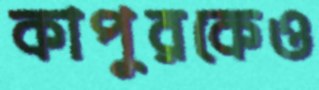
কাপুরকেও